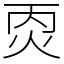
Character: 㶮